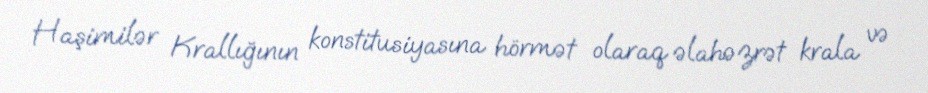
Haşimilər Krallığının konstitusiyasına hörmət olaraq əlahəzrət krala və